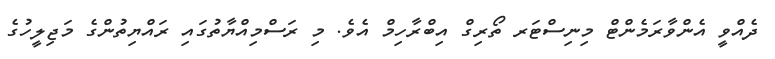
ދެއްވީ އެންވާރަމެންޓް މިނިސްޓަރ ތޯރިގް އިބްރާހިމް އެވެ. މި ރަސްމިއްޔާތުގައި ރައްޔިތުންގެ މަޖިލީހުގެ